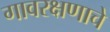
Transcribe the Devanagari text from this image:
गावरक्षणाचे